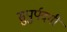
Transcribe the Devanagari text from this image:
सुपुर्पदगी